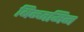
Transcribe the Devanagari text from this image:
बिन्जमिन